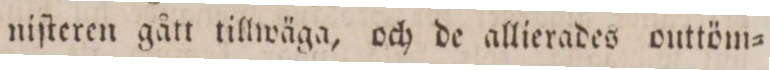
niſteren gått tillwäga, och de allierades outtöm=